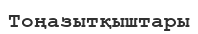
Тоңазытқыштары